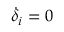
\dot { \delta } _ { i } = 0